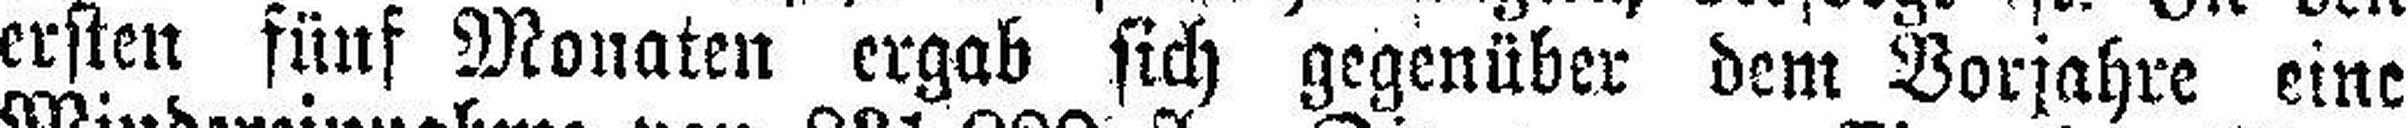
ersten fünf Monaten ergab sich gegenüber dem Vorjahre eine